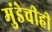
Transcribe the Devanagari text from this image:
मुंडेचीही